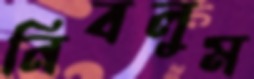
নিবলুম